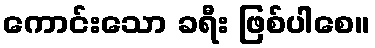
ကောင်းသော ခရီး ဖြစ်ပါစေ။